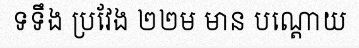
ទទឹង ប្រវែង ២២ម មាន បណ្តោយ